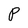
Character: P